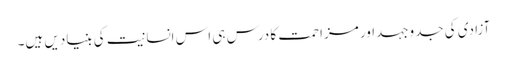
آزادی کی جدوجہداور مزاحمت کا درس ہی اس انسانیت کی بنیادیں ہیں۔